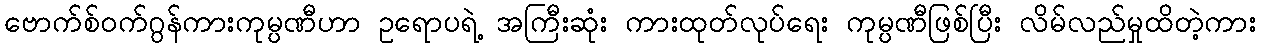
ဗောက်စ်ဝက်ဂွန်ကားကုမ္ပဏီဟာ ဥရောပရဲ့ အကြီးဆုံး ကားထုတ်လုပ်ရေး ကုမ္ပဏီဖြစ်ပြီး လိမ်လည်မှုထိတဲ့ကား